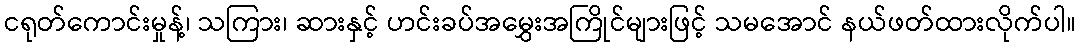
ငရုတ်ကောင်းမှုန့်၊ သကြား၊ ဆားနှင့် ဟင်းခပ်အမွှေးအကြိုင်များဖြင့် သမအောင် နယ်ဖတ်ထားလိုက်ပါ။